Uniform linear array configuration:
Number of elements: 12
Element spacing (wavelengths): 0.25
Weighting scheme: hann
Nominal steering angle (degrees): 30
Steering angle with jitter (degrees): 30.807
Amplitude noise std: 0.05
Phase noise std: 0.05

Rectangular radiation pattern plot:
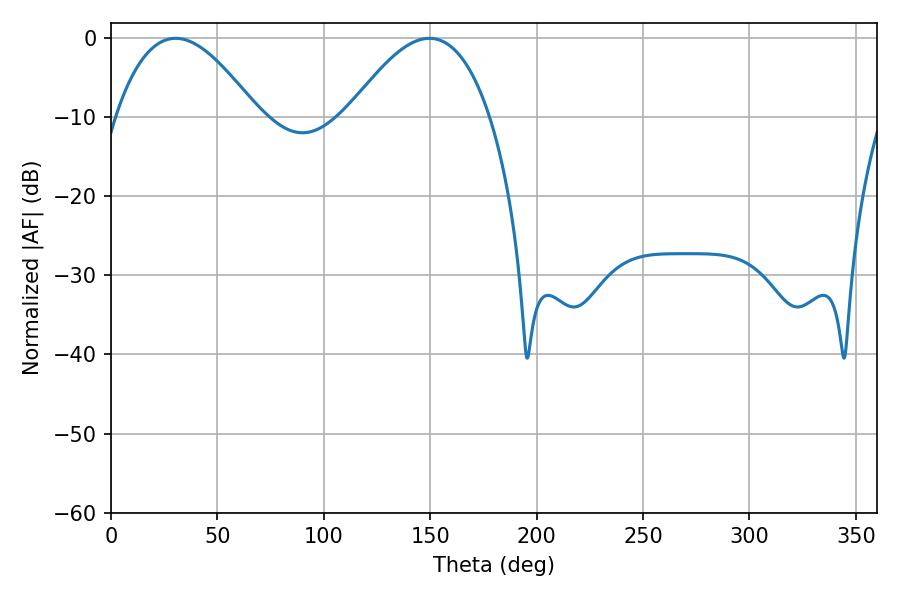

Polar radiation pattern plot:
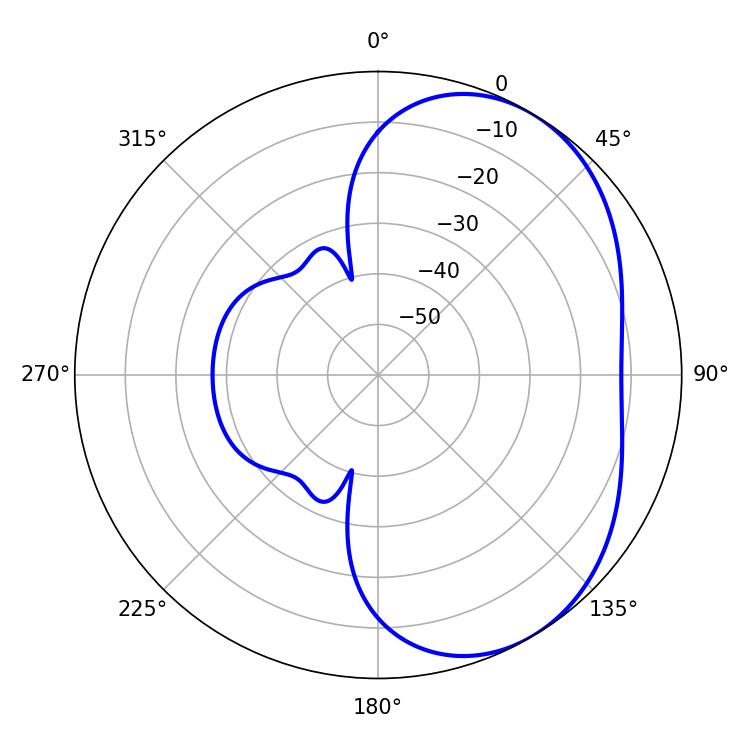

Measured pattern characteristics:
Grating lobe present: FALSE
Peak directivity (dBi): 4.147
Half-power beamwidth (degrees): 36.36
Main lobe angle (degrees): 30.42